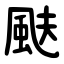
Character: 颫